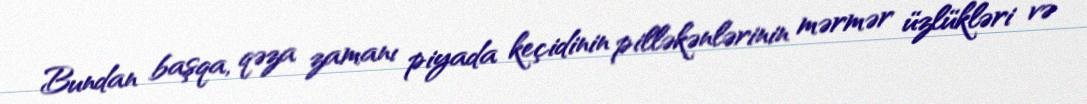
Bundan başqa, qəza zamanı piyada keçidinin pilləkənlərinin mərmər üzlükləri və